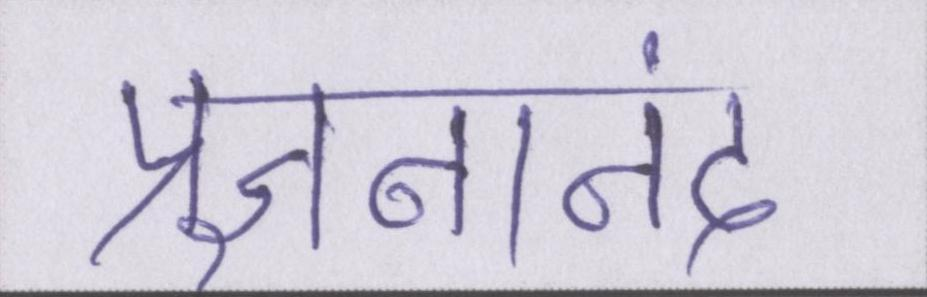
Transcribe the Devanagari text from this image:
प्रज्ञनानंद